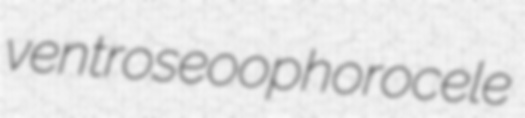
ventrose oophorocele